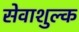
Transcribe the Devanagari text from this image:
सेवाशुल्क